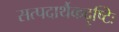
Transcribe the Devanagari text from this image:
सत्पदार्थैकदृष्टिः